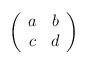
\begin{align*}\left( \begin{array}{cc} a & b \\ c & d \end{array}\right)\end{align*}